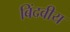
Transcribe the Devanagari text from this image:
बिंदवीय